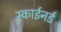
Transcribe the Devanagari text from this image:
स्काईनर्ड